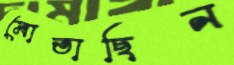
মোতাছিন